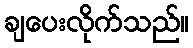
ချပေးလိုက်သည်။